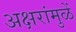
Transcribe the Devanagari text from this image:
अक्षरांमुळें